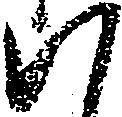
い